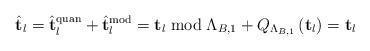
LaTeX: \begin{align*}\hat{\mathbf{t}}_{l}=\hat{\mathbf{t}}_{l}^{\textrm{quan}}+\hat{\mathbf{t}}_{l}^{\textrm{mod}}=\mathbf{t}_{l}\bmod\Lambda_{B,1}+Q_{\Lambda_{B,1}}\left(\mathbf{t}_{l}\right)=\mathbf{t}_{l}\end{align*}